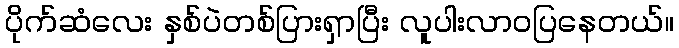
ပိုက်ဆံလေး နှစ်ပဲတစ်ပြားရှာပြီး လူပါးလာဝပြနေတယ်။